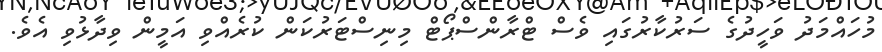
މުހައްމަދު ވަހީދުގެ ސަރުކާރުގައި ވެސް ޓްރާންސްޕޯޓް މިނިސްޓަރުކަން ކުރެއްވި އަމީން ވިދާޅުވި އެވެ.